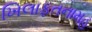
ખિલાફતનામહ